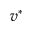
v ^ { * }